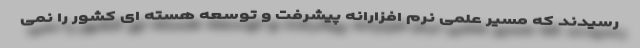
رسیدند که مسیر علمی نرم افزارانه پیشرفت و توسعه هسته ای کشور را نمی